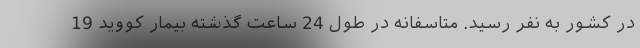
در کشور به نفر رسید. متاسفانه در طول 24 ساعت گذشته بیمار کووید 19